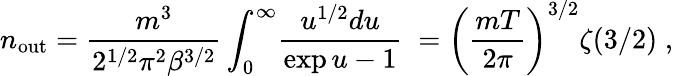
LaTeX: n_{\mathrm{out}}={\frac{m^{3}}{2^{1/2}\pi^{2}\beta^{3/2}}}\int_{0}^{\infty}\! {\frac{u^{1/2}du}{\exp u-1}}\; =\left({\frac{mT}{2\pi}}\right)^{3/2}\zeta(3/2)\; ,